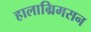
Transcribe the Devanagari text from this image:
हालाग्रिमसन